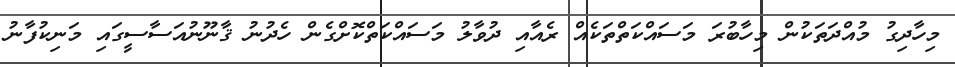
މިހާދިގު މުއްދަތަކުން މިހާބުރަ މަސައްކަތްތަކެއް ރެއާއި ދުވާލު މަސައްކަތްކޮށްގެން ހެދުނު ޤާނޫނުއަސާސީގައި މަނިކުފާނު